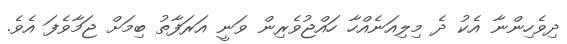
ދިވެހިންނާ އެކު ދެ މިލިއަނެއްހާ ހައްޖުވެރިން ވަނީ އަރަފާތު ބިމަށް ޖަމާވެފަ އެވެ.